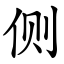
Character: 侧